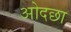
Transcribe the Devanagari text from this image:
ओदछा